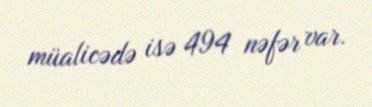
müalicədə isə 494 nəfər var.